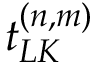
t _ { L K } ^ { ( n , m ) }